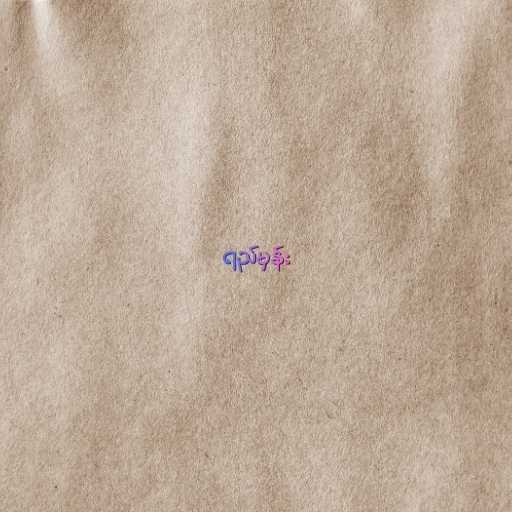
ရည်မှန်း